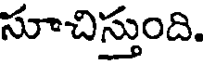
సూచిస్తుంది.